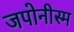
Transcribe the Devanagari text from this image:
जपोनीस्म